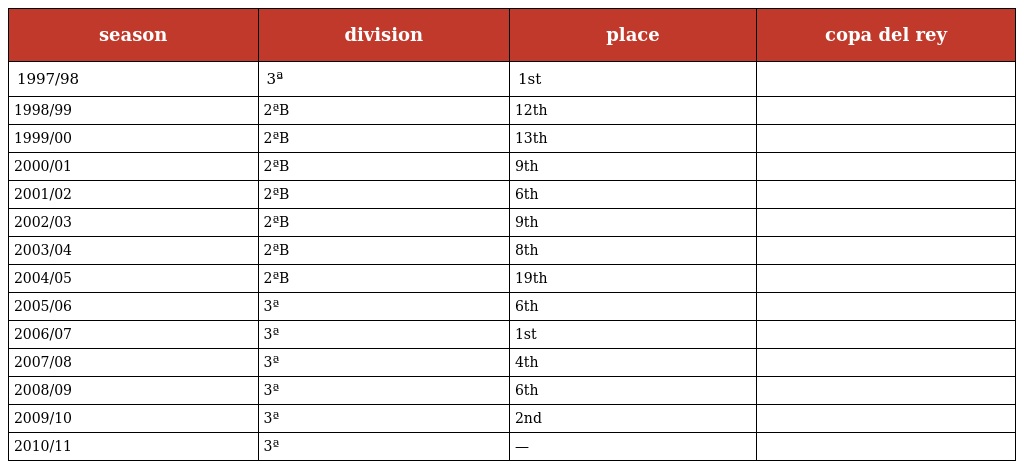
| season | division | place | copa del rey |
 | --- | --- | --- | --- |
 | 1997/98 | 3ª | 1st |  |
 | 1998/99 | 2ªB | 12th |  |
 | 1999/00 | 2ªB | 13th |  |
 | 2000/01 | 2ªB | 9th |  |
 | 2001/02 | 2ªB | 6th |  |
 | 2002/03 | 2ªB | 9th |  |
 | 2003/04 | 2ªB | 8th |  |
 | 2004/05 | 2ªB | 19th |  |
 | 2005/06 | 3ª | 6th |  |
 | 2006/07 | 3ª | 1st |  |
 | 2007/08 | 3ª | 4th |  |
 | 2008/09 | 3ª | 6th |  |
 | 2009/10 | 3ª | 2nd |  |
 | 2010/11 | 3ª | — |  |